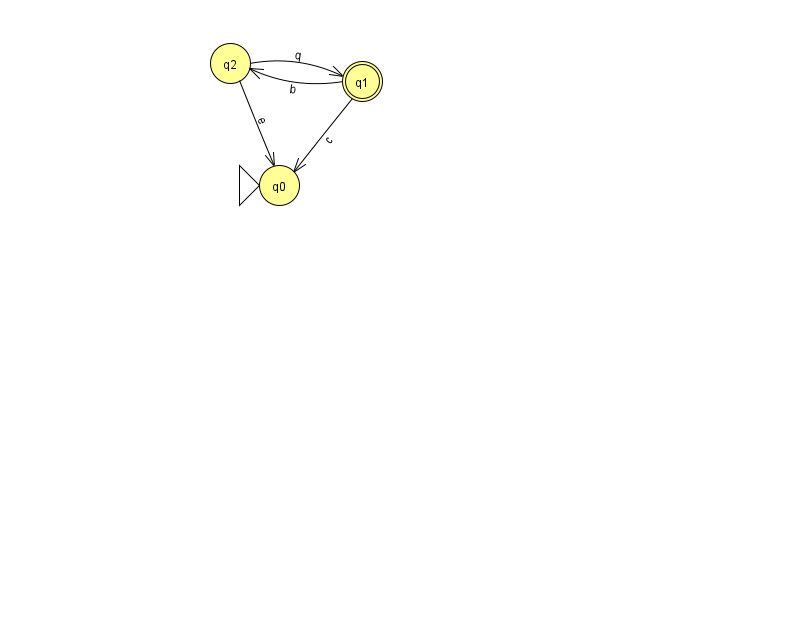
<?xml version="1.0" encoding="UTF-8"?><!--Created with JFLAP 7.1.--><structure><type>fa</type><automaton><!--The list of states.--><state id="0" name="q0"><x>279.0</x><y>172.0</y><initial/></state><state id="1" name="q1"><x>362.0</x><y>68.0</y><final/></state><state id="2" name="q2"><x>230.0</x><y>50.0</y></state><!--The list of transitions.--><transition><from>1</from><to>0</to><read>c</read></transition><transition><from>2</from><to>1</to><read>q</read></transition><transition><from>2</from><to>0</to><read>e</read></transition><transition><from>1</from><to>2</to><read>b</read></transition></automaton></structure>